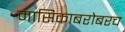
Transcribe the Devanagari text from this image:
मासिकाबरोबरच